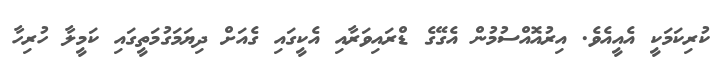
ކުރިކަމަކީ އެއީއެވެ. އިރުއޮއްސުމުން އެގޭގެ ޑްރައިވަރާއި އެކީގައި ގެއަށް ދިޔަމަގުމަތީގައި ކަމީލާ ހުރިހާ